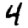
Digit: 4